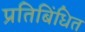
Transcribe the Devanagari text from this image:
प्रतिबिंधित